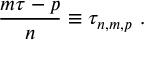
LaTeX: \frac { m \tau - p } { n } \equiv \tau _ { n , m , p } \, \, .